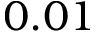
0 . 0 1